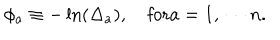
LaTeX: \phi _ { a } \equiv - \ln ( \Delta _ { a } ) , \quad \mathrm { f o r } a = 1 , \, \cdots n .